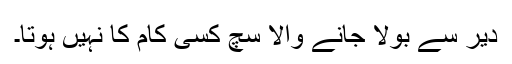
دیر سے بولا جانے والا سچ کسی کام کا نہیں ہوتا۔